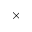
\times